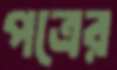
পত্রের